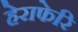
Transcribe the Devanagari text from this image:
हेराफेरि